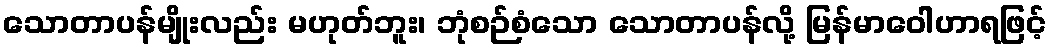
သောတာပန်မျိုးလည်း မဟုတ်ဘူး၊ ဘုံစဉ်စံသော သောတာပန်လို့ မြန်မာဝေါဟာရဖြင့်